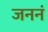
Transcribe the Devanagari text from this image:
जननं